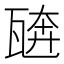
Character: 𰢣